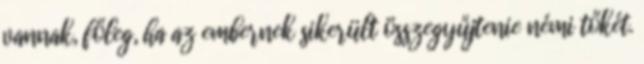
vannak, főleg, ha az embernek sikerült összegyűjtenie némi tőkét.